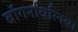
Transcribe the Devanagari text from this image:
बॉगनविलिया